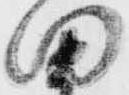
田